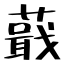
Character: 蕺